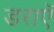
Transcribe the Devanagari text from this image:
डराएॅ